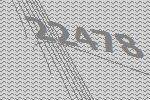
22478